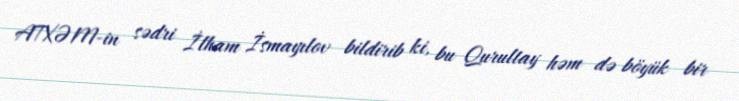
ATXƏM-in sədri İlham İsmayılov bildirib ki, bu Qurultay həm də böyük bir